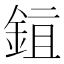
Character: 𬫖